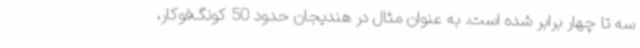
سه تا چهار برابر شده است. به عنوان مثال در هندیجان حدود 50 کونگ‌فوکار،